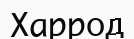
Харрод